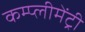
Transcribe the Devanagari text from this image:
कम्प्लीमेंट्री